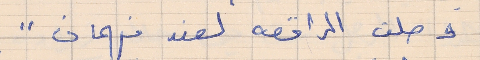
وصلت الراقصه لعند فهمان "